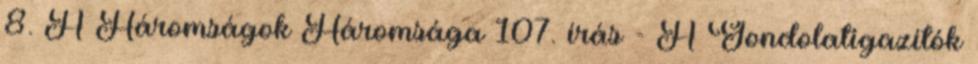
8. A Háromságok Háromsága 107. írás - A Gondolatigazítók